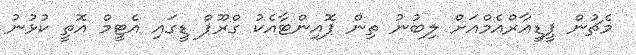
މެޗުން ޕީޑީއާރްއެމްއަށް ލިބުނު ތިން ޕޮއިންޓާއެކު ގްރޫޕް ޑީގައި އެޓީމް އޮތީ ކުޅުނު